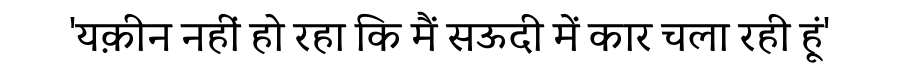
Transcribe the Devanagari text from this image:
'यक़ीन नहीं हो रहा कि मैं सऊदी में कार चला रही हूं'